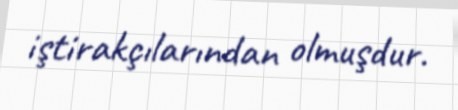
iştirakçılarından olmuşdur.